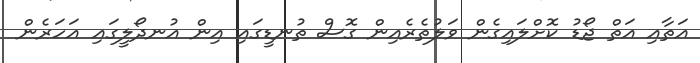
އަތާއި އަތް ޖޯޑު ކޮށްލައިގެން ވަލުތެރެއިން ގޮސް ތުނޑީގައި އިން އުނދޯލީގައި އަހަރެން